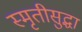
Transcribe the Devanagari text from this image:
स्मृतीसुद्धा